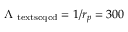
\Lambda _ { \mathrm { { \ t e x t s c { q c d } } } } = 1 / r _ { p } = 3 0 0